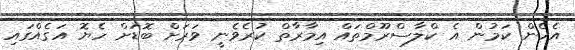
އެހެން ކަމުން އެ ކްލާސްރޫމްތައް އިމާރާތް ކުރެވެނީ ވަރަށް ބޮޑަށް ހެޔޮ އަގެއްގައި